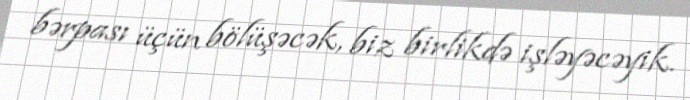
bərpası üçün bölüşəcək, biz birlikdə işləyəcəyik.